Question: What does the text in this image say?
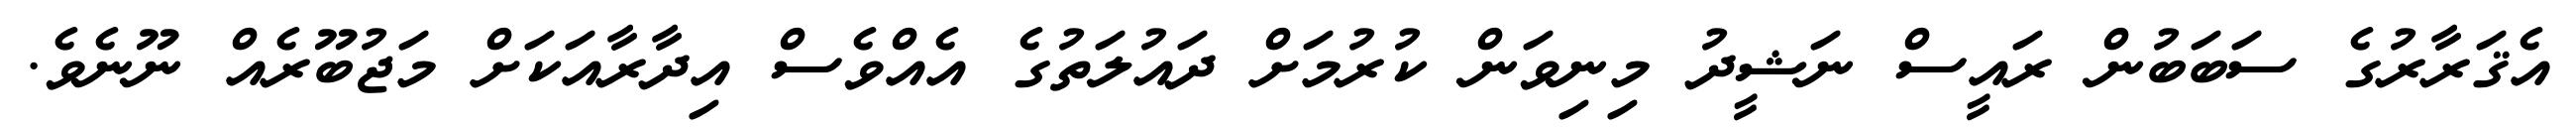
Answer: އެޤަރާރުގެ ސަބަބުން ރައީސް ނަޝީދު މިނިވަން ކުރުމަށް ދައުލަތުގެ އެއްވެސް އިދާރާއަކަށް މަޖުބޫރެއް ނޫނެވެ.